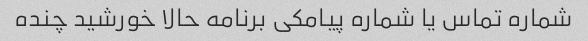
شماره تماس یا شماره پیامکی برنامه حالا خورشید چنده